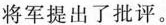
将军提出了批评。